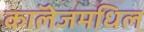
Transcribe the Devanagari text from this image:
काॅलेजमधिल